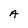
Character: A